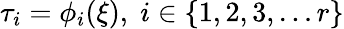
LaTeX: \tau_{i}=\phi_{i}(\xi),\; i\in\{ 1,2,3,\ldots r\}